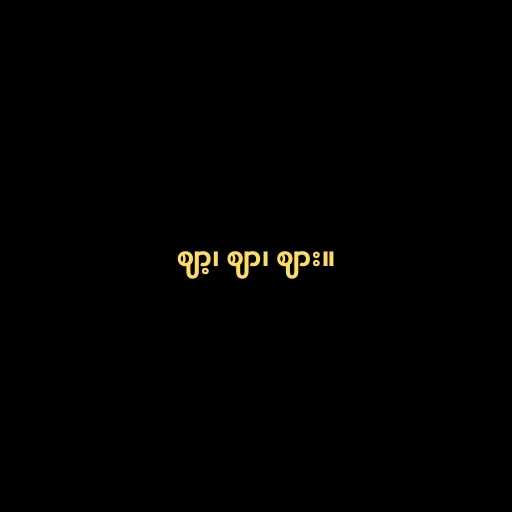
ဈာ့၊ ဈာ၊ ဈား။